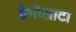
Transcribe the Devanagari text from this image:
ग्रेमोलाटा